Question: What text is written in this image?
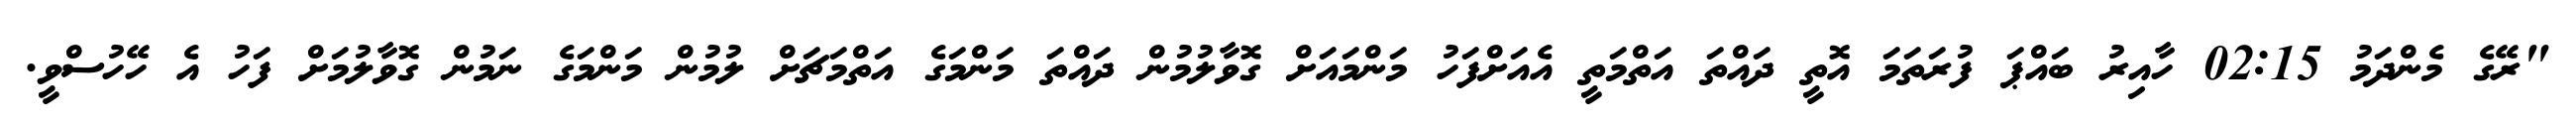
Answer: "ރޭގެ މެންދަމު 02:15 ހާއިރު ބައްޕަ ފުރަތަމަ އޮތީ ދައްތަ އަތްމަތީ އެއަށްފަހު މަންމައަށް ގޮވާލުމުން ދައްތަ މަންމަގެ އަތްމަޗަށް ލުމުން މަންމަގެ ނަމުން ގޮވާލުމަށް ފަހު އެ ހޭހުސްވީ.